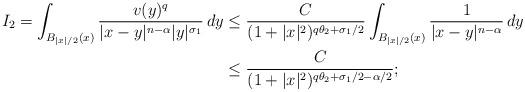
LaTeX: \begin{align*}I_2 = \int_{B_{|x|/2}(x)} \frac{v(y)^q}{|x-y|^{n-\alpha}|y|^{\sigma_1}}\,dy \leq {} & \frac{C}{(1 + |x|^2)^{q\theta_2 + \sigma_{1}/2}}\int_{B_{|x|/2}(x)} \frac{1}{|x-y|^{n-\alpha}}\,dy \\\leq {} & \frac{C}{(1 + |x|^2)^{q\theta_2 +\sigma_{1}/2 -\alpha/2}};\end{align*}